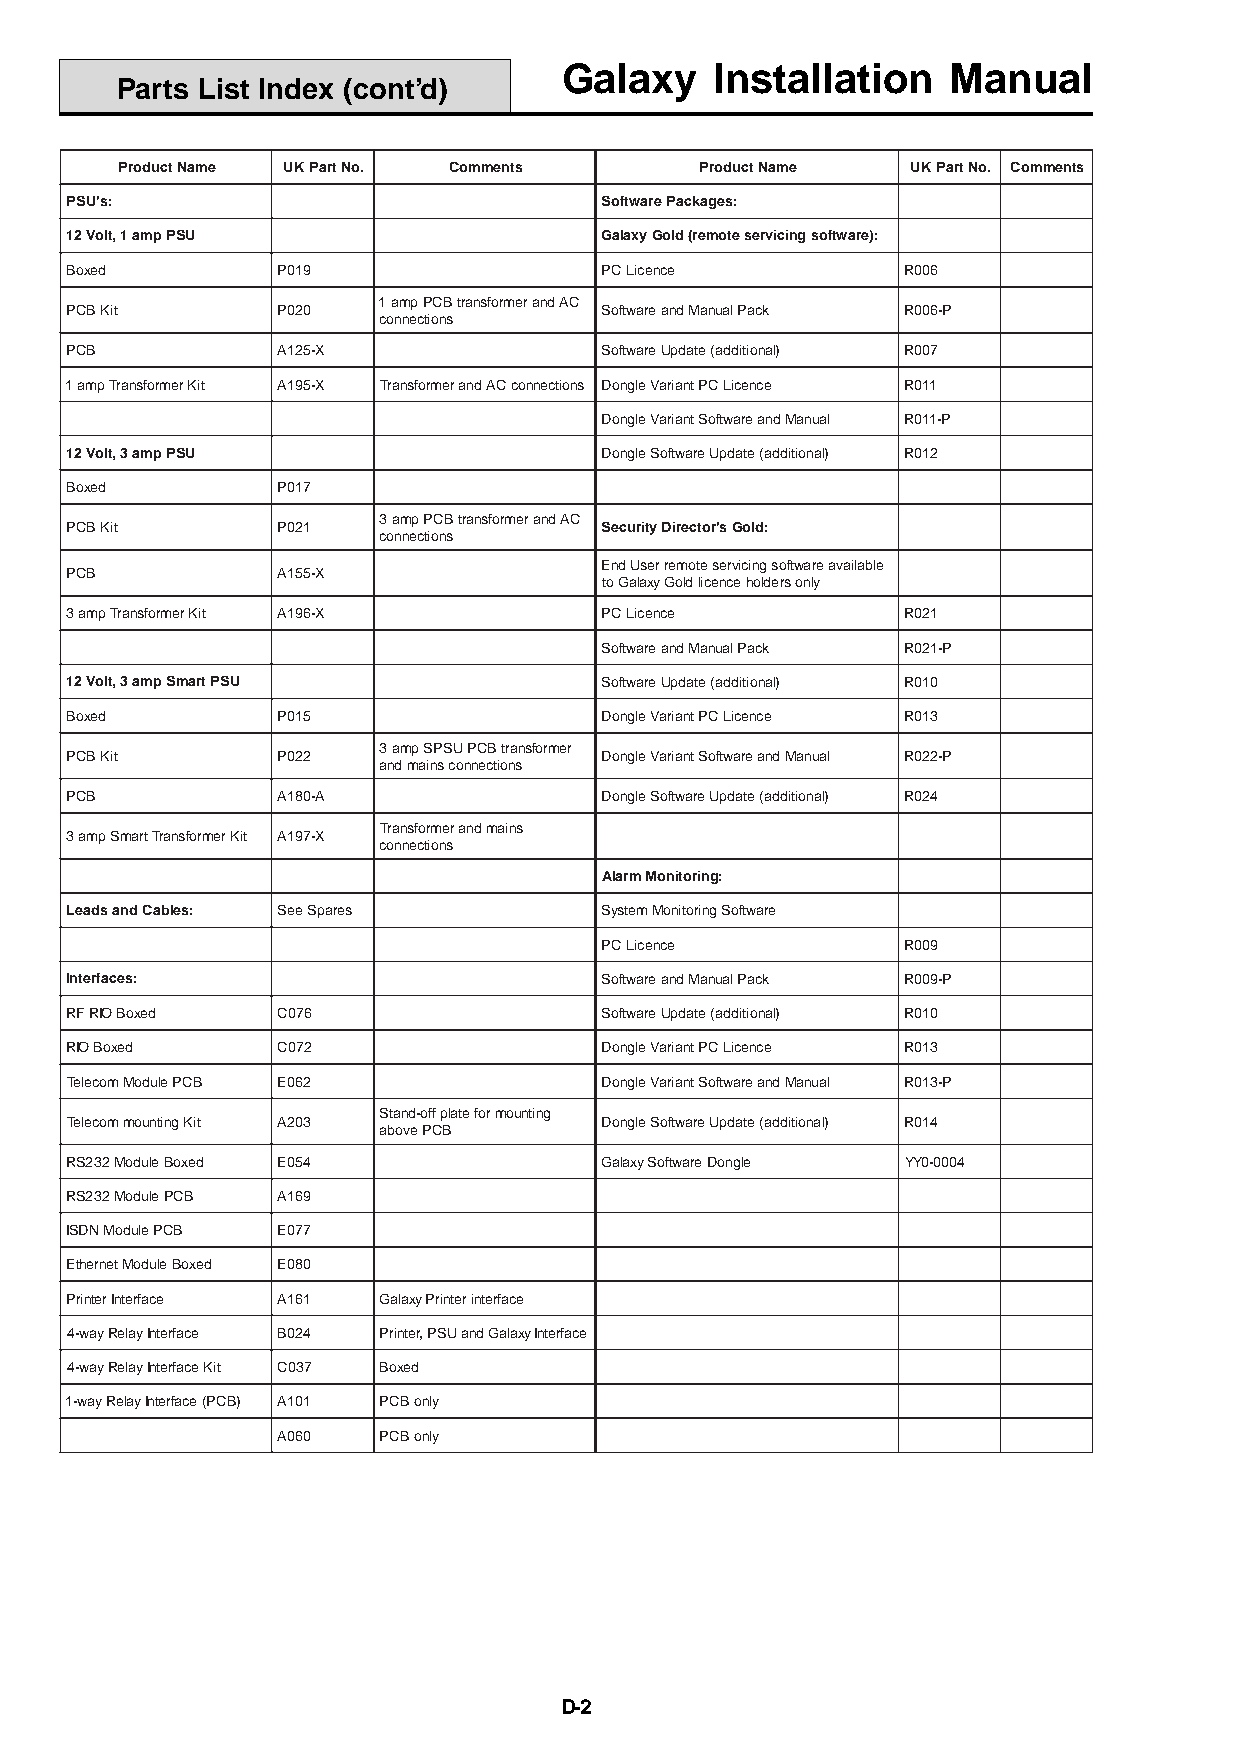
Galaxy    Installation    Manual
 Parts List Index (cont’d)
 ProductName UKPartNo. Comments        ProductName   UKPartNo. Comments
 PSU's:                              SoftwarePackages:
 12Volt,1ampPSU                      GalaxyGold(remoteservicingsoftware):
 Boxed         P019                  PCLicence           R006
 1ampPCBtransformerandAC
 PCBKit        P020                  SoftwareandManualPack R006-P
 connections
 PCB           A125-X                SoftwareUpdate(additional) R007
 1ampTransformerKit A195-X TransformerandACconnections DongleVariantPCLicence R011
 DongleVariantSoftwareandManual R011-P
 12Volt,3ampPSU                      DongleSoftwareUpdate(additional) R012
 Boxed         P017
 3ampPCBtransformerandAC
 PCBKit        P021                  SecurityDirector'sGold:
 connections
 EndUserremoteservicingsoftwareavailable
 PCB           A155-X
 toGalaxyGoldlicenceholdersonly
 3ampTransformerKit A196-X           PCLicence           R021
 SoftwareandManualPack R021-P
 12Volt,3ampSmartPSU                 SoftwareUpdate(additional) R010
 Boxed         P015                  DongleVariantPCLicence R013
 3ampSPSUPCBtransformer
 PCBKit        P022                  DongleVariantSoftwareandManual R022-P
 andmainsconnections
 PCB           A180-A                DongleSoftwareUpdate(additional) R024
 Transformerandmains
 3ampSmartTransformerKit A197-X
 connections
 AlarmMonitoring:
 LeadsandCables: SeeSpares           SystemMonitoringSoftware
 PCLicence           R009
 Interfaces:                         SoftwareandManualPack R009-P
 RFRIOBoxed    C076                  SoftwareUpdate(additional) R010
 RIOBoxed      C072                  DongleVariantPCLicence R013
 TelecomModulePCB E062               DongleVariantSoftwareandManual R013-P
 Stand-offplateformounting
 TelecommountingKit A203             DongleSoftwareUpdate(additional) R014
 abovePCB
 RS232ModuleBoxed E054               GalaxySoftwareDongle YY0-0004
 RS232ModulePCB A169
 ISDNModulePCB E077
 EthernetModuleBoxed E080
 PrinterInterface A161 GalaxyPrinterinterface
 4-wayRelayInterface B024 Printer,PSUandGalaxyInterface
 4-wayRelayInterfaceKit C037 Boxed
 1-wayRelayInterface(PCB) A101 PCBonly
 A060   PCBonly
 D-2